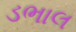
ડભાલ